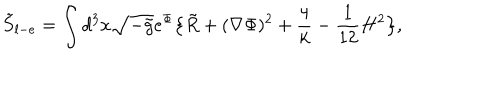
{ \tilde { S } } _ { l - e } = \int d ^ { 3 } x \sqrt { - { \tilde { g } } } e ^ { \Phi } \big \{ { \tilde { R } } + ( \nabla \Phi ) ^ { 2 } + { \frac { 4 } { k } } - { \frac { 1 } { 1 2 } } H ^ { 2 } \big \} ,